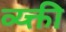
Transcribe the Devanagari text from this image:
व्य्क्ती